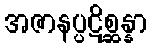
အဇာနပ္ပဋိစ္ဆန္နာ